Indian journal of veterinary science and animal husbandry - Volume 10,
Year: 1940
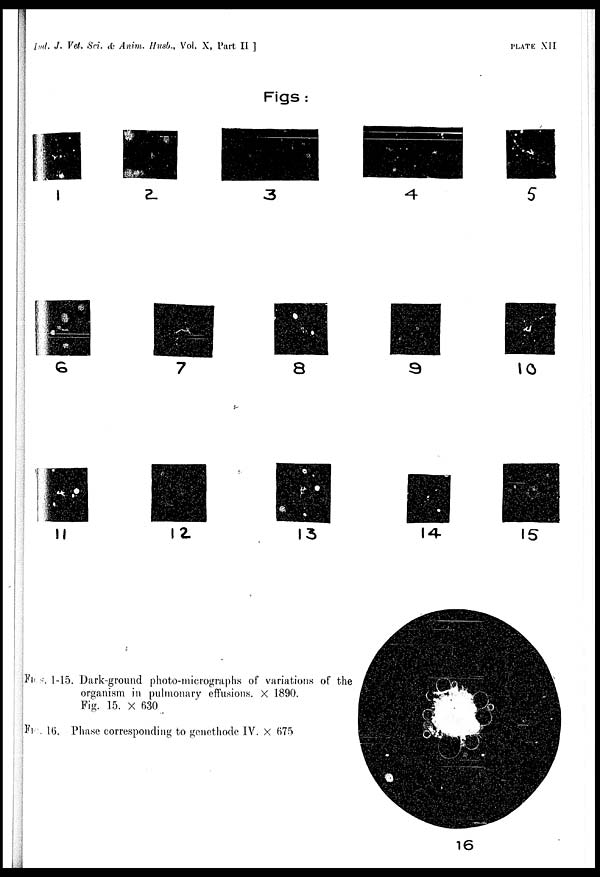
Ind. J. Vet. Sci. & Anim. Husb., Vol. X, Part II ]
PLATE
XII
FIGS. 1-15. Dark-ground photo-micrographs of variations of the
organism in pulmonary effusions. × 1890.
Fig. 15. × 630
FIG. 16. Phase corresponding to genethode IV. × 675